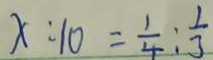
x : 1 0 = \frac { 1 } { 4 } : \frac { 1 } { 3 }